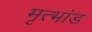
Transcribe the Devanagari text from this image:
मृत्भांड